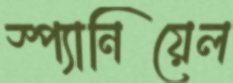
স্প্যানিয়েল